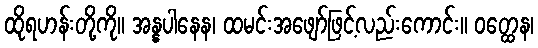
ထိုရဟန်းတို့ကို။ အန္နပါနေန၊ ထမင်းအဖျော်ဖြင့်လည်းကောင်း။ ဝတ္ထေန၊